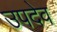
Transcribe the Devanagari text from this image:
उपदेव